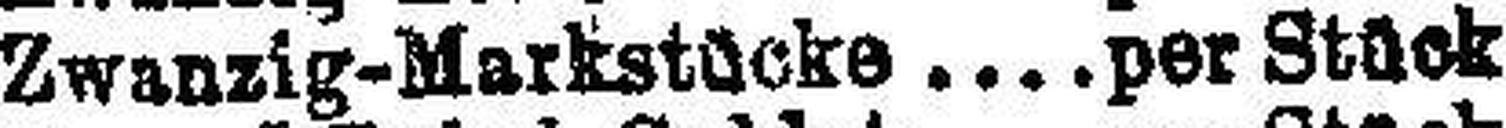
Zwanzig-Markstücke  per Stück